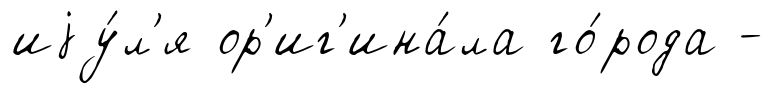
иjу́л'я ор'иг'ина́ла го́рода -